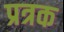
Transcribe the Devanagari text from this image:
प्रत्रक